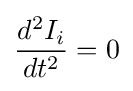
{\frac {d^{2}I_{i}}{dt^{2}}}=0